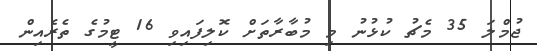
ޖުމްލަ 35 މެޗު ކުޅުނު މި މުބާރާތަށް ކޮލިފައިވި 16 ޓީމުގެ ތެރެއިން